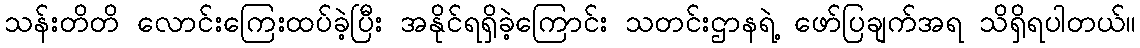
သန်းတိတိ လောင်းကြေးထပ်ခဲ့ပြီး အနိုင်ရရှိခဲ့ကြောင်း သတင်းဌာနရဲ့ ဖော်ပြချက်အရ သိရှိရပါတယ်။